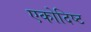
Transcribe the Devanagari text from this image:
एकोदिष्ट